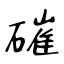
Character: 磪